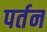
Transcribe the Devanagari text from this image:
पर्तन